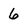
Character: 6